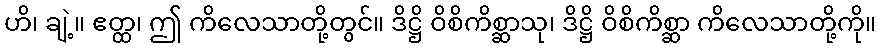
ဟိ၊ ချဲ့။ ဧတ္ထ၊ ဤ ကိလေသာတို့တွင်။ ဒိဋ္ဌိ ဝိစိကိစ္ဆာသု၊ ဒိဋ္ဌိ ဝိစိကိစ္ဆာ ကိလေသာတို့ကို။